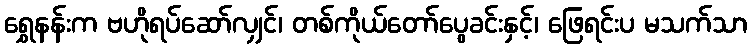
ရွှေနန်းက ဗဟိုရပ်ဆော်လျှင်၊ တစ်ကိုယ်တော်ပွေခင်းနှင့်၊ ဖြေရင်းပ မသက်သာ